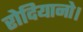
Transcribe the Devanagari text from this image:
रोदियानो।